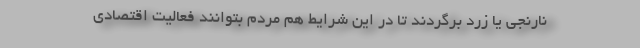
نارنجی یا زرد برگردند تا در این شرایط هم مردم بتوانند فعالیت اقتصادی